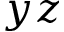
y z